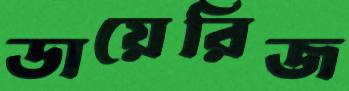
ডায়েরিজ